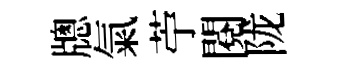
牕氣苧閱陇